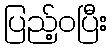
ပြည့်ဝပြီး